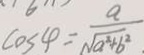
\cos 4 = \frac { a } { \sqrt { a ^ { 2 } + b ^ { 2 } } } .